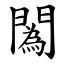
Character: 䦱